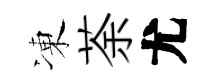
凍荼尤